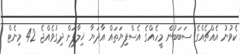
ކެވުނު އެއްޗެއްގެ ސަބަބުން މީހެއްގެ އެސްފިޔަތައް އާދަޔާ ޚިލާފަށް ދިގުވެއްޖެ 42 މިނެޓް